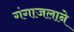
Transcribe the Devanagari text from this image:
गंगाजलाने